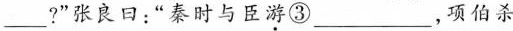
___?”张良日：”秦时与臣\underset{·}{游}③___，项伯杀